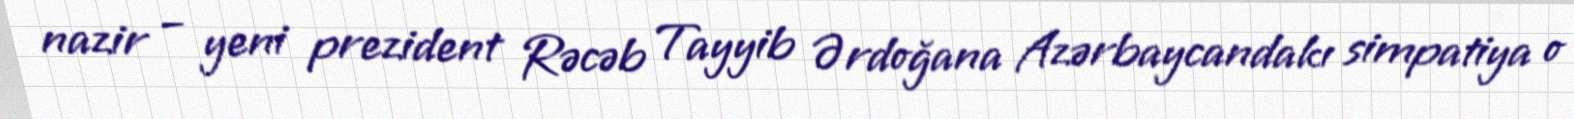
nazir – yeni prezident Rəcəb Tayyib Ərdoğana Azərbaycandakı simpatiya o